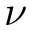
\nu